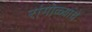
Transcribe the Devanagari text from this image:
रांगोळ्यांचे